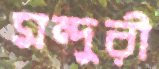
মন্দুরী